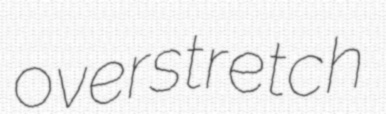
overstretch